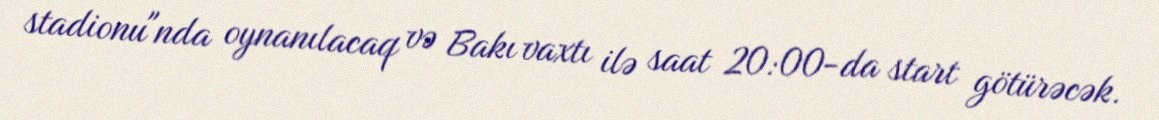
stadionu"nda oynanılacaq və Bakı vaxtı ilə saat 20:00-da start götürəcək.